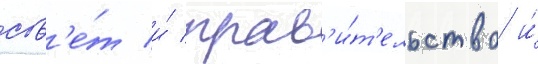
сов'е́т и́ прав'и́т'ельство и́